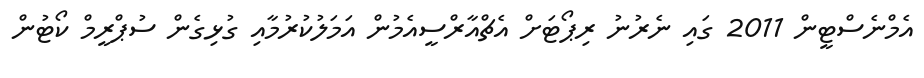
އެމްނެސްޓީން 2011 ގައި ނެރުނު ރިޕޯޓަށް އެޗްއާރްސީއެމުން އަމަލުކުރުމާއި ގުޅިގެން ސުޕްރީމް ކޯޓުން